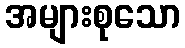
အများစုသော